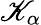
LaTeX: \mathscr{K}_{\alpha}